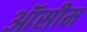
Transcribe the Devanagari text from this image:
ऑसीम